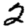
Digit: 2